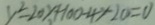
y ^ { 2 } - 2 0 y + 1 0 0 - 4 y - 2 0 = 0